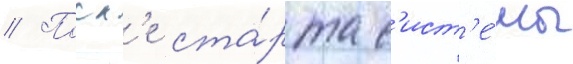
// Посл'е ста́рта с'ист'е́мы